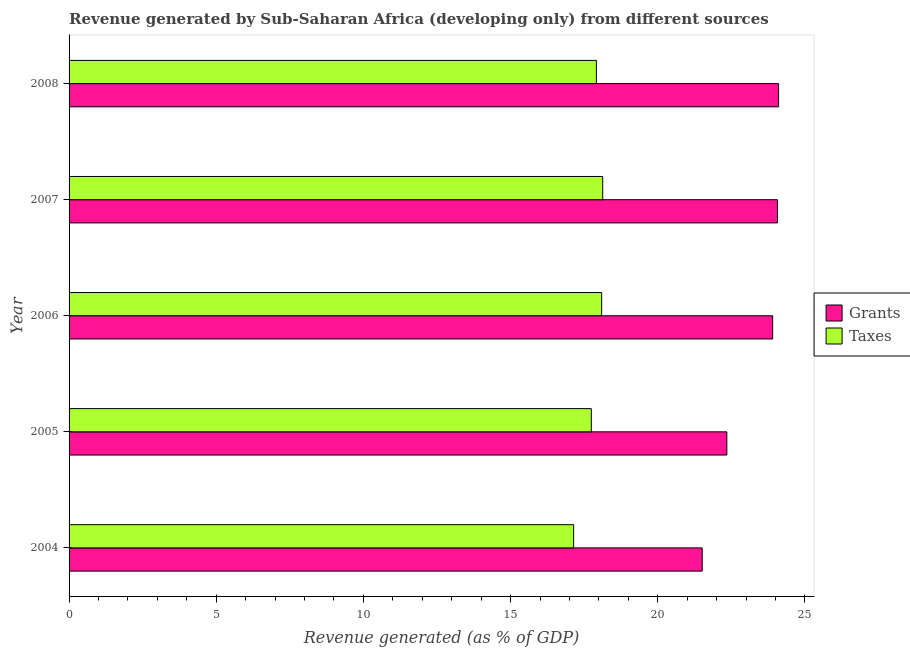
| Year | Grants | Taxes |
 | --- | --- | --- |
 | 2004 | 21.5 | 17.1 |
 | 2005 | 22.3 | 17.7 |
 | 2006 | 23.9 | 18.1 |
 | 2007 | 24.1 | 18.1 |
 | 2008 | 24.1 | 17.9 |